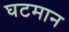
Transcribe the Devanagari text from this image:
घटमान